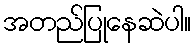
အတည်ပြုနေဆဲပါ။